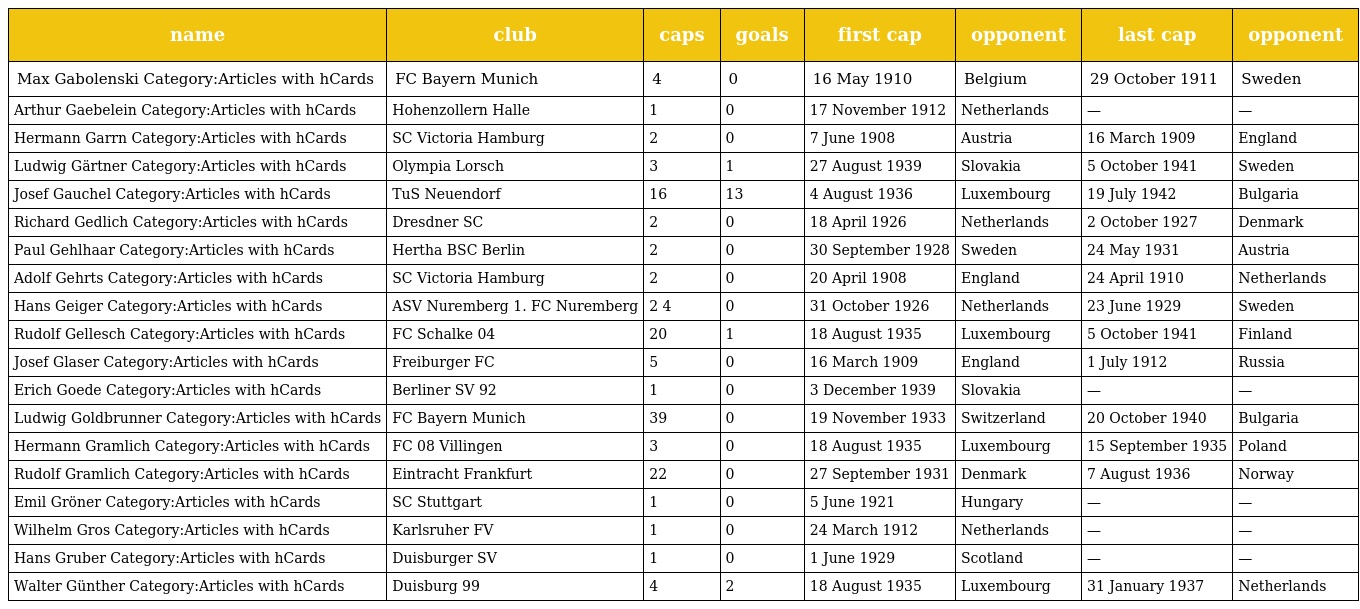
| name | club | caps | goals | first cap | opponent | last cap | opponent |
 | --- | --- | --- | --- | --- | --- | --- | --- |
 | Max Gabolenski Category:Articles with hCards | FC Bayern Munich | 4 | 0 | 16 May 1910 | Belgium | 29 October 1911 | Sweden |
 | Arthur Gaebelein Category:Articles with hCards | Hohenzollern Halle | 1 | 0 | 17 November 1912 | Netherlands | — | — |
 | Hermann Garrn Category:Articles with hCards | SC Victoria Hamburg | 2 | 0 | 7 June 1908 | Austria | 16 March 1909 | England |
 | Ludwig Gärtner Category:Articles with hCards | Olympia Lorsch | 3 | 1 | 27 August 1939 | Slovakia | 5 October 1941 | Sweden |
 | Josef Gauchel Category:Articles with hCards | TuS Neuendorf | 16 | 13 | 4 August 1936 | Luxembourg | 19 July 1942 | Bulgaria |
 | Richard Gedlich Category:Articles with hCards | Dresdner SC | 2 | 0 | 18 April 1926 | Netherlands | 2 October 1927 | Denmark |
 | Paul Gehlhaar Category:Articles with hCards | Hertha BSC Berlin | 2 | 0 | 30 September 1928 | Sweden | 24 May 1931 | Austria |
 | Adolf Gehrts Category:Articles with hCards | SC Victoria Hamburg | 2 | 0 | 20 April 1908 | England | 24 April 1910 | Netherlands |
 | Hans Geiger Category:Articles with hCards | ASV Nuremberg 1. FC Nuremberg | 2 4 | 0 | 31 October 1926 | Netherlands | 23 June 1929 | Sweden |
 | Rudolf Gellesch Category:Articles with hCards | FC Schalke 04 | 20 | 1 | 18 August 1935 | Luxembourg | 5 October 1941 | Finland |
 | Josef Glaser Category:Articles with hCards | Freiburger FC | 5 | 0 | 16 March 1909 | England | 1 July 1912 | Russia |
 | Erich Goede Category:Articles with hCards | Berliner SV 92 | 1 | 0 | 3 December 1939 | Slovakia | — | — |
 | Ludwig Goldbrunner Category:Articles with hCards | FC Bayern Munich | 39 | 0 | 19 November 1933 | Switzerland | 20 October 1940 | Bulgaria |
 | Hermann Gramlich Category:Articles with hCards | FC 08 Villingen | 3 | 0 | 18 August 1935 | Luxembourg | 15 September 1935 | Poland |
 | Rudolf Gramlich Category:Articles with hCards | Eintracht Frankfurt | 22 | 0 | 27 September 1931 | Denmark | 7 August 1936 | Norway |
 | Emil Gröner Category:Articles with hCards | SC Stuttgart | 1 | 0 | 5 June 1921 | Hungary | — | — |
 | Wilhelm Gros Category:Articles with hCards | Karlsruher FV | 1 | 0 | 24 March 1912 | Netherlands | — | — |
 | Hans Gruber Category:Articles with hCards | Duisburger SV | 1 | 0 | 1 June 1929 | Scotland | — | — |
 | Walter Günther Category:Articles with hCards | Duisburg 99 | 4 | 2 | 18 August 1935 | Luxembourg | 31 January 1937 | Netherlands |